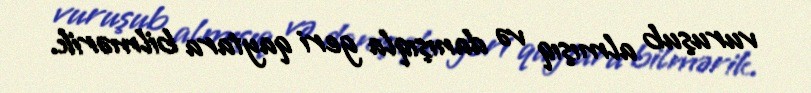
vuruşub almışıq və danışıqla geri qaytara bilmərik.